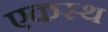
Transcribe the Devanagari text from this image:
एकस्थ